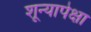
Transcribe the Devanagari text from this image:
शून्यापेक्षा